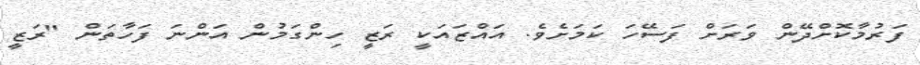
ފަރުމާކޮށްދޭން ވަރަށް ފަސޭހަ ކަމަށެވެ. އައްޒައަކީ ރަޒީީ ހިންގަމުން އަންނަ ފަހާތަން "ރަޒީ